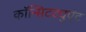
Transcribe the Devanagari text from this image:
कॉन्सिटट्युएंट